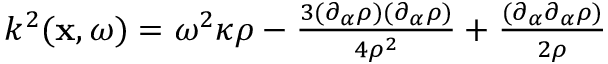
\begin{array} { r } { k ^ { 2 } ( { \bf x } , \omega ) = \omega ^ { 2 } \kappa \rho - \frac { 3 ( \partial _ { \alpha } \rho ) ( \partial _ { \alpha } \rho ) } { 4 \rho ^ { 2 } } + \frac { ( \partial _ { \alpha } \partial _ { \alpha } \rho ) } { 2 \rho } } \end{array}